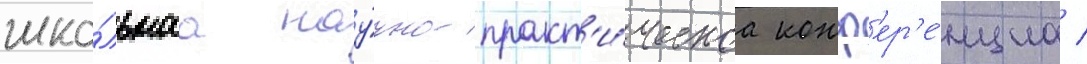
шко́льнаа нау́чно-практ'и́ческаа конф'ер'е́нциа /